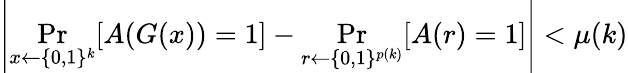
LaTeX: \left|\operatorname*{Pr}_{x\gets\{ 0,1\} ^{k}}[A(G(x))=1]-\operatorname*{Pr}_{r\gets\{ 0,1\} ^{p(k)}}[A(r)=1]\right|<\mu(k)